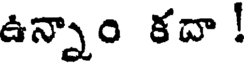
ఉన్నాం కదా !